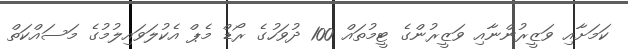
ކަމަށާއި ވަޒީރުންނާއި ވަޒީރުންގެ ޓީމުތައް 100 ދުވަހުގެ ރޯޑް މެޕް އެކުލަވައިލުމުގެ މަސައްކަތް